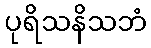
ပုရိသနိသဘံ